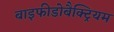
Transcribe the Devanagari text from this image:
बाइफीडोबैक्ट्रियम